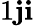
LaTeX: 1\le j\le i